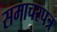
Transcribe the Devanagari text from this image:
समाचरपत्र